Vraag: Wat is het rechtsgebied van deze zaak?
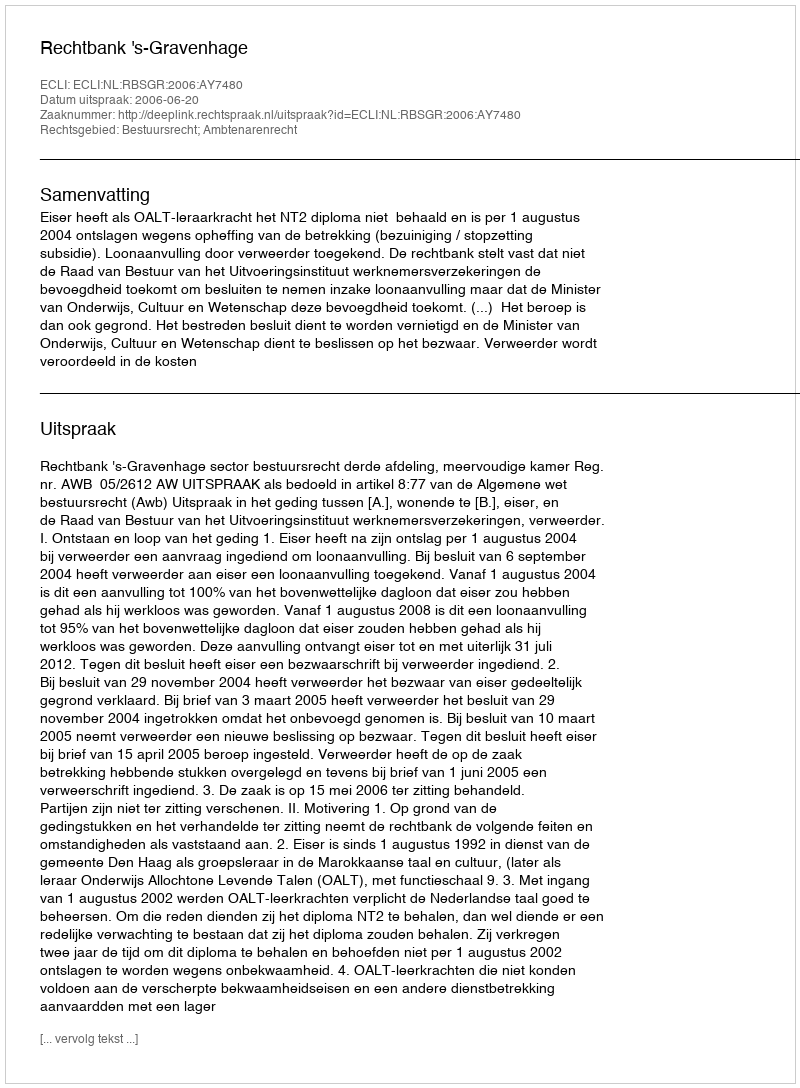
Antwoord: Bestuursrecht; Ambtenarenrecht